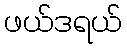
ဖယ်ဒရယ်